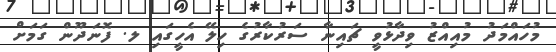
މުހައްމަދު މުއިއްޒު ވިދާޅުވީ ޗައިނާ ސަރުކާރުގެ ހިލޭ އެހީގައި ލ. ފޮނަދޫން ގަމަށް